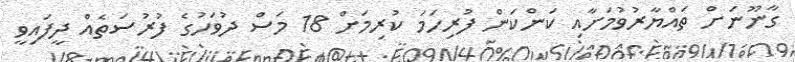
ގާނޫނަށް ތައްޔާރުވުމަށާއި ކަންކަން ފުރިހަމަ ކުރިމަށް 18 މަސް ދުވަހުގެ ފުރުސަތެއް ދީފައިވީ